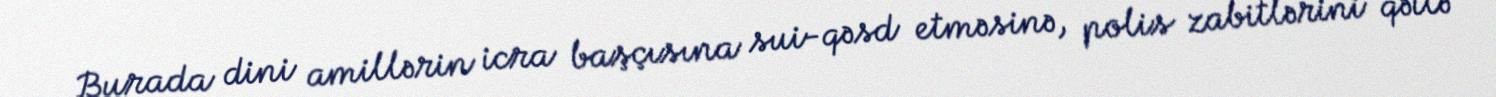
Burada dini amillərin icra başçısına sui-qəsd etməsinə, polis zabitlərini qətlə